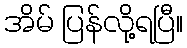
အိမ် ပြန်လို့ရပြီ။